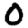
Digit: 0